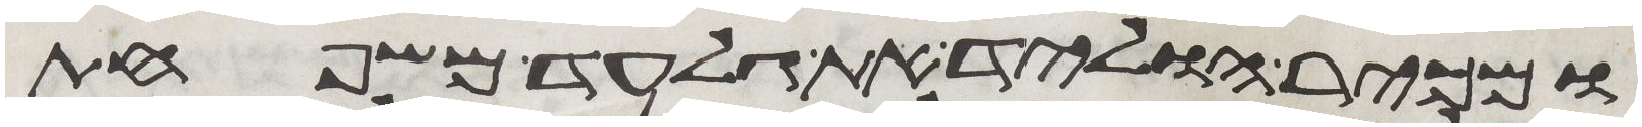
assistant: ומכיר הוליד את גלעד משפחת